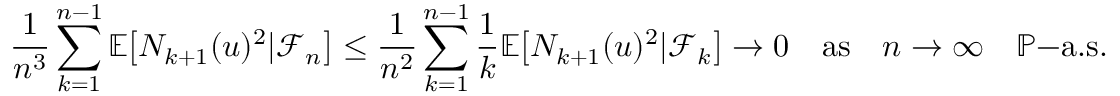
\frac { 1 } { n ^ { 3 } } \sum _ { k = 1 } ^ { n - 1 } \mathbb { E } \big [ N _ { k + 1 } ( u ) ^ { 2 } | \mathcal { F } _ { n } \big ] \leq \frac { 1 } { n ^ { 2 } } \sum _ { k = 1 } ^ { n - 1 } \frac { 1 } { k } \mathbb { E } \big [ N _ { k + 1 } ( u ) ^ { 2 } | \mathcal { F } _ { k } \big ] \to 0 \quad \mathrm { a s } \quad n \to \infty \quad \mathbb { P } \mathrm { - a . s . }